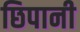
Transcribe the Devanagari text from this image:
छिपानी